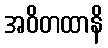
အဝိတထာနိ